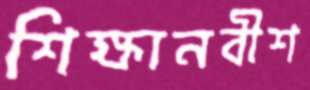
শিক্ষানবীশ